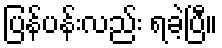
ပြန်ပန်းလည်း ရခဲ့ပြီ။